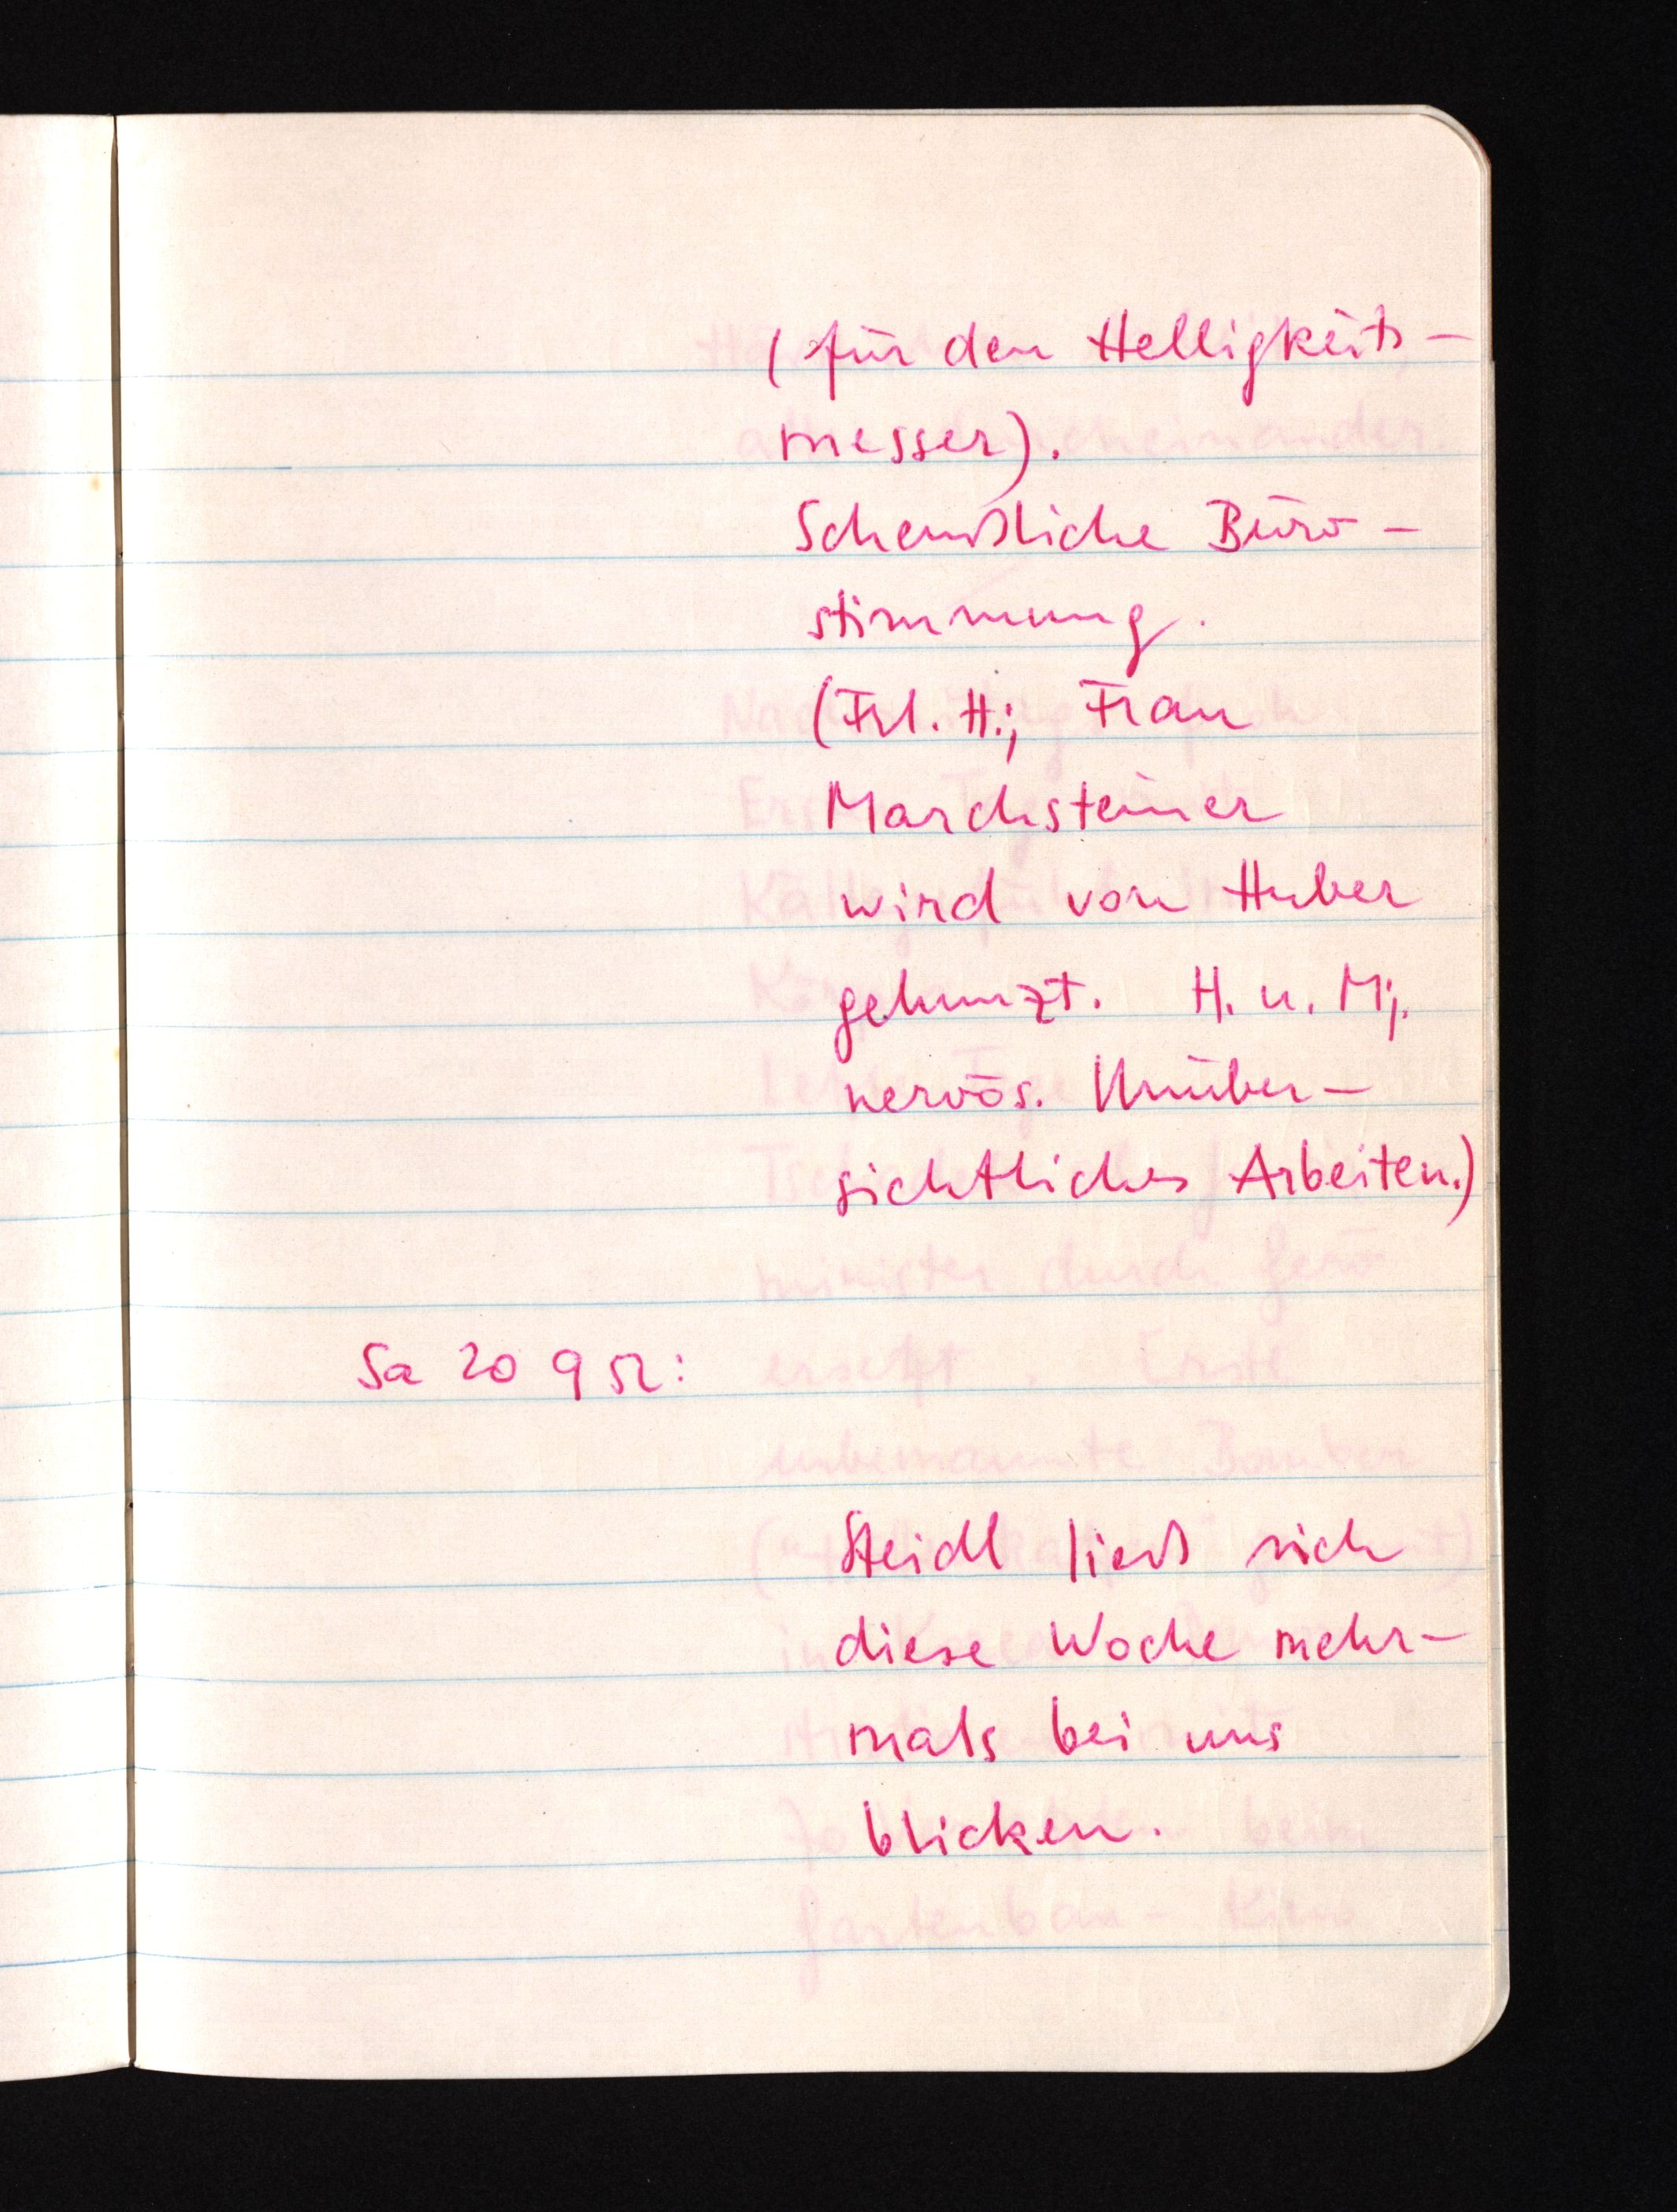
(für den Helligkeits¬
messer).
Scheußliche Büro¬
stimmung.
(Frl. H.; Frau
Marchsteiner
wird von Huber
gehunzt. H. u. Mj.
nervös. Unüber¬
sichtliches Arbeiten.)
Sa 20 9 52:
Steidl ließ sich
diese Woche mehr¬
mals bei uns
blicken.